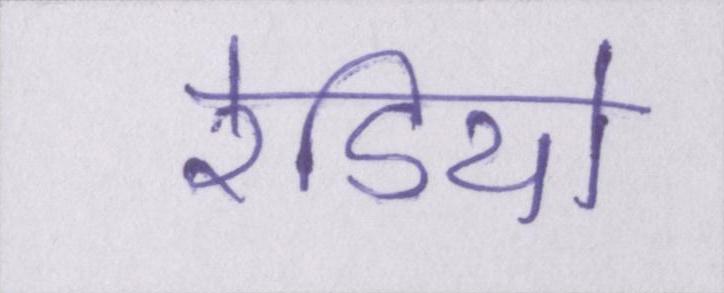
रेडियो